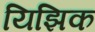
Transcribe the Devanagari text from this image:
यिझिक